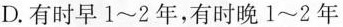
D.有时早1\sim2年，有时晚1\sim2年